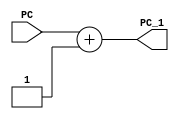
module pc_alu(PC, PC_1);

	input [5:0] PC;
	output [5:0] PC_1;
	
	//PC incrementation
	assign PC_1 = PC + 6'd1;	
	
endmodule